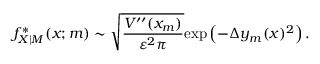
f _ { X | M } ^ { * } ( x ; m ) \sim \sqrt { \frac { V ^ { \prime \prime } ( x _ { m } ) } { \varepsilon ^ { 2 } \pi } } \mathrm { e x p } \left( - \Delta y _ { m } ( x ) ^ { 2 } \right) .